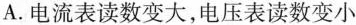
A.电流表读数变大，电压表读数变小